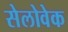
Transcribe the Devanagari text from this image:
सेलोवेक